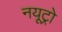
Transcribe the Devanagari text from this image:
नयूट्रो